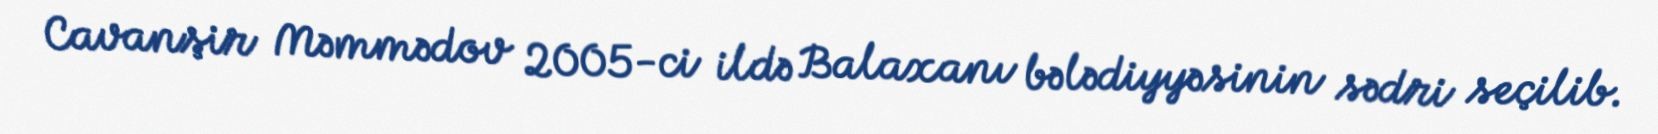
Cavanşir Məmmədov 2005-ci ildə Balaxanı bələdiyyəsinin sədri seçilib.